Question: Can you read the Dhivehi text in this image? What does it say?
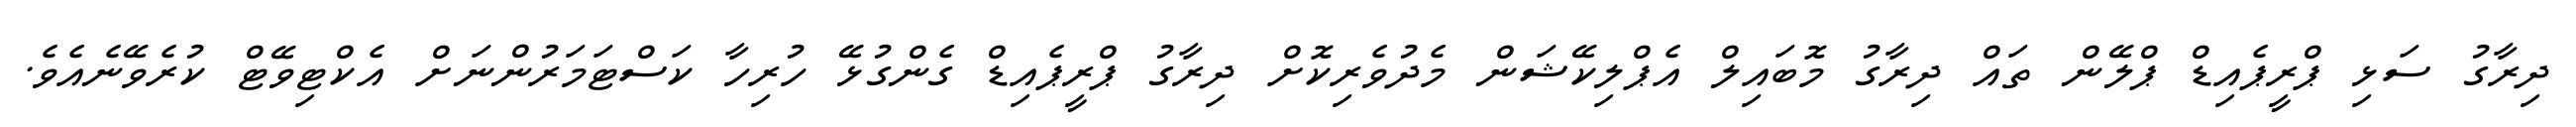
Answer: ދިރާގު ސަޅި ޕްރީޕެއިޑް ޕްލޭން ތައް ދިރާގު މޮބައިލް އެޕްލިކޭޝަން މެދުވެރިކޮށް ދިރާގު ޕްރީޕެއިޑް ގެންގުޅޭ ހުރިހާ ކަސްޓަމަރުންނަށް އެކްޓިވޭޓް ކުރެވޭނެއެވެ.